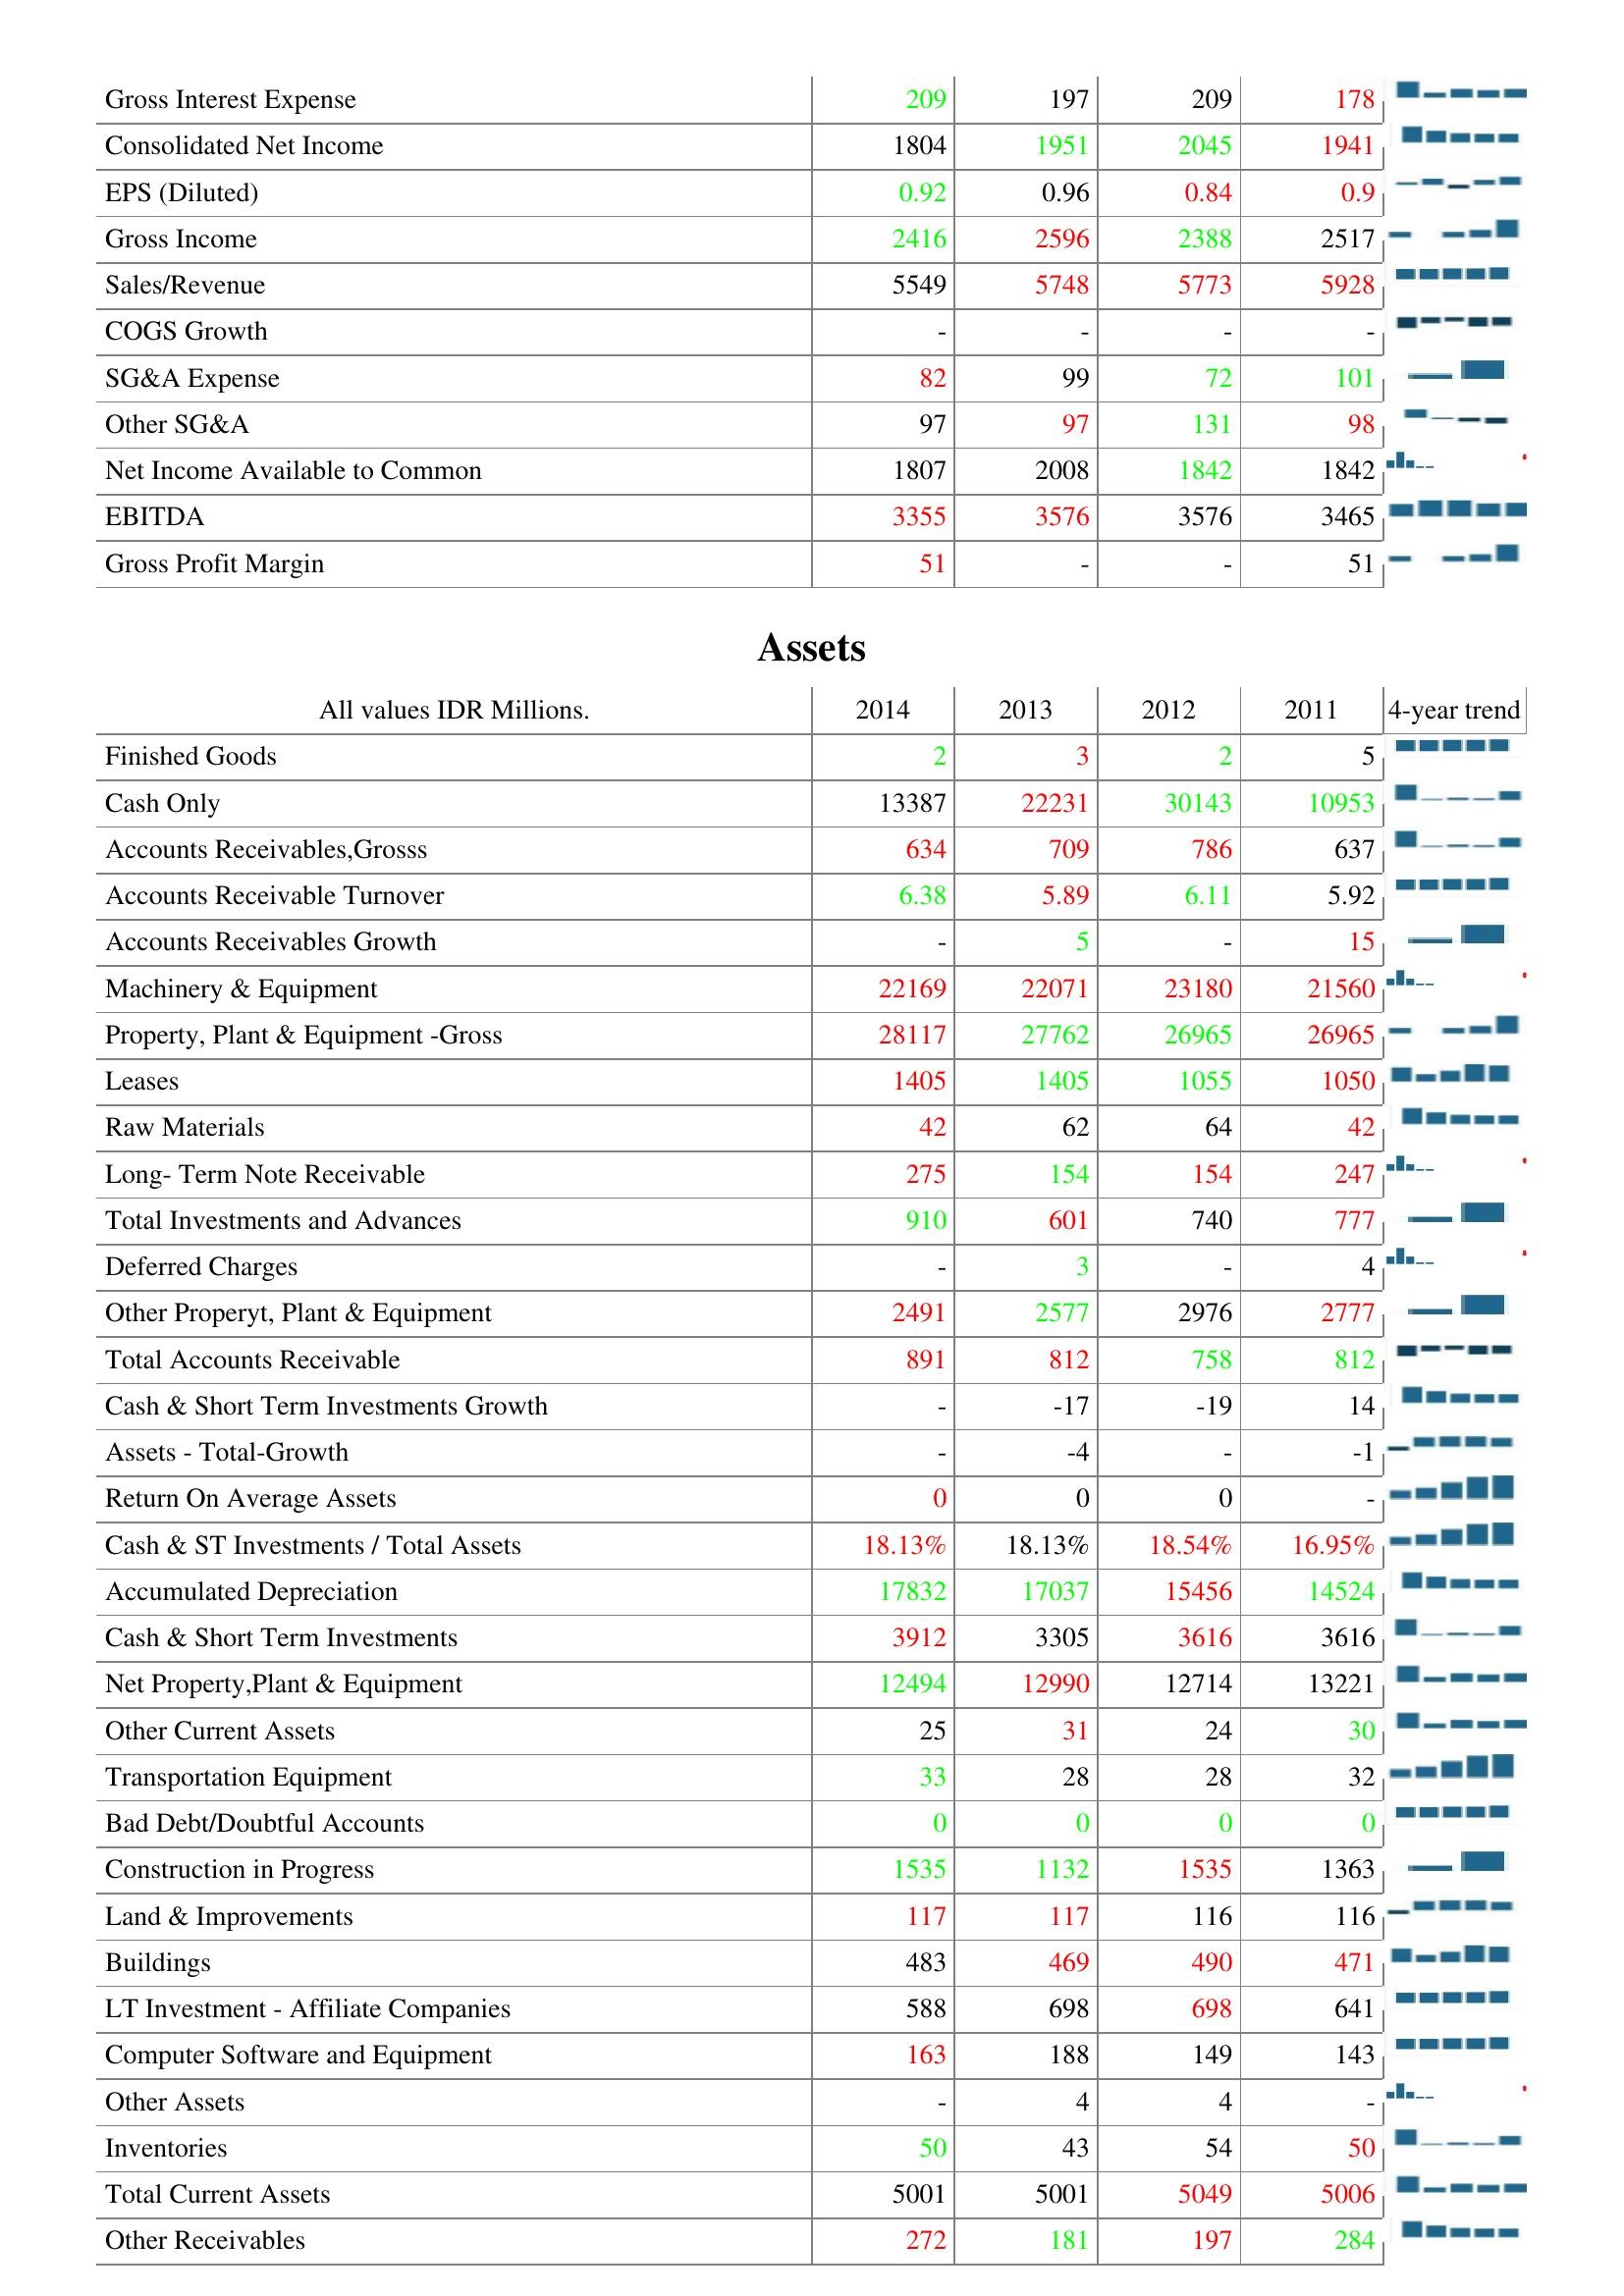
2014: : Gross Interest Expense: 209
Consolidated Net Income: 1804
EPS (Diluted): 0.92
Gross Income: 2416
Sales/Revenue: 5549
COGS Growth: -
SG&A Expense: 82
Other SG&A: 97
Net Income Available to Common: 1807
EBITDA: 3355
Gross Profit Margin: 51
Assets: Finished Goods: 2
Cash Only: 13387
Accounts Receivables,Grosss: 634
Accounts Receivable Turnover: 6.38
Accounts Receivables Growth: -
Machinery & Equipment: 22169
Property, Plant & Equipment -Gross: 28117
Leases: 1405
Raw Materials: 42
Long- Term Note Receivable: 275
Total Investments and Advances: 910
Deferred Charges: -
Other Properyt, Plant & Equipment: 2491
Total Accounts Receivable: 891
Cash & Short Term Investments Growth: -
Assets - Total-Growth: -
Return On Average Assets: 0
Cash & ST Investments / Total Assets: 18.13%
Accumulated Depreciation: 17832
Cash & Short Term Investments: 3912
Net Property,Plant & Equipment: 12494
Other Current Assets: 25
Transportation Equipment: 33
Bad Debt/Doubtful Accounts: 0
Construction in Progress: 1535
Land & Improvements: 117
Buildings: 483
LT Investment - Affiliate Companies: 588
Computer Software and Equipment: 163
Other Assets: -
Inventories: 50
Total Current Assets: 5001
Other Receivables: 272
2013: : Gross Interest Expense: 197
Consolidated Net Income: 1951
EPS (Diluted): 0.96
Gross Income: 2596
Sales/Revenue: 5748
COGS Growth: -
SG&A Expense: 99
Other SG&A: 97
Net Income Available to Common: 2008
EBITDA: 3576
Gross Profit Margin: -
Assets: Finished Goods: 3
Cash Only: 22231
Accounts Receivables,Grosss: 709
Accounts Receivable Turnover: 5.89
Accounts Receivables Growth: 5
Machinery & Equipment: 22071
Property, Plant & Equipment -Gross: 27762
Leases: 1405
Raw Materials: 62
Long- Term Note Receivable: 154
Total Investments and Advances: 601
Deferred Charges: 3
Other Properyt, Plant & Equipment: 2577
Total Accounts Receivable: 812
Cash & Short Term Investments Growth: -17
Assets - Total-Growth: -4
Return On Average Assets: 0
Cash & ST Investments / Total Assets: 18.13%
Accumulated Depreciation: 17037
Cash & Short Term Investments: 3305
Net Property,Plant & Equipment: 12990
Other Current Assets: 31
Transportation Equipment: 28
Bad Debt/Doubtful Accounts: 0
Construction in Progress: 1132
Land & Improvements: 117
Buildings: 469
LT Investment - Affiliate Companies: 698
Computer Software and Equipment: 188
Other Assets: 4
Inventories: 43
Total Current Assets: 5001
Other Receivables: 181
2012: : Gross Interest Expense: 209
Consolidated Net Income: 2045
EPS (Diluted): 0.84
Gross Income: 2388
Sales/Revenue: 5773
COGS Growth: -
SG&A Expense: 72
Other SG&A: 131
Net Income Available to Common: 1842
EBITDA: 3576
Gross Profit Margin: -
Assets: Finished Goods: 2
Cash Only: 30143
Accounts Receivables,Grosss: 786
Accounts Receivable Turnover: 6.11
Accounts Receivables Growth: -
Machinery & Equipment: 23180
Property, Plant & Equipment -Gross: 26965
Leases: 1055
Raw Materials: 64
Long- Term Note Receivable: 154
Total Investments and Advances: 740
Deferred Charges: -
Other Properyt, Plant & Equipment: 2976
Total Accounts Receivable: 758
Cash & Short Term Investments Growth: -19
Assets - Total-Growth: -
Return On Average Assets: 0
Cash & ST Investments / Total Assets: 18.54%
Accumulated Depreciation: 15456
Cash & Short Term Investments: 3616
Net Property,Plant & Equipment: 12714
Other Current Assets: 24
Transportation Equipment: 28
Bad Debt/Doubtful Accounts: 0
Construction in Progress: 1535
Land & Improvements: 116
Buildings: 490
LT Investment - Affiliate Companies: 698
Computer Software and Equipment: 149
Other Assets: 4
Inventories: 54
Total Current Assets: 5049
Other Receivables: 197
2011: : Gross Interest Expense: 178
Consolidated Net Income: 1941
EPS (Diluted): 0.9
Gross Income: 2517
Sales/Revenue: 5928
COGS Growth: -
SG&A Expense: 101
Other SG&A: 98
Net Income Available to Common: 1842
EBITDA: 3465
Gross Profit Margin: 51
Assets: Finished Goods: 5
Cash Only: 10953
Accounts Receivables,Grosss: 637
Accounts Receivable Turnover: 5.92
Accounts Receivables Growth: 15
Machinery & Equipment: 21560
Property, Plant & Equipment -Gross: 26965
Leases: 1050
Raw Materials: 42
Long- Term Note Receivable: 247
Total Investments and Advances: 777
Deferred Charges: 4
Other Properyt, Plant & Equipment: 2777
Total Accounts Receivable: 812
Cash & Short Term Investments Growth: 14
Assets - Total-Growth: -1
Return On Average Assets: -
Cash & ST Investments / Total Assets: 16.95%
Accumulated Depreciation: 14524
Cash & Short Term Investments: 3616
Net Property,Plant & Equipment: 13221
Other Current Assets: 30
Transportation Equipment: 32
Bad Debt/Doubtful Accounts: 0
Construction in Progress: 1363
Land & Improvements: 116
Buildings: 471
LT Investment - Affiliate Companies: 641
Computer Software and Equipment: 143
Other Assets: -
Inventories: 50
Total Current Assets: 5006
Other Receivables: 284